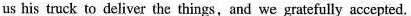
us his truck to deliver the things,and we gratefully accepted.